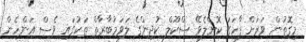
މިގޮތުން ވަރަށް ފާހަގަ ކޮށްލެވޭ ސްކޫލް ކުދިންގެ ލަވަމުބާރާތް ތަކުގައި ވެސް އަންހެން